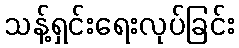
သန့်ရှင်းရေးလုပ်ခြင်း